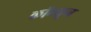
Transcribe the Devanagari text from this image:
कॉम्यून